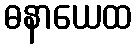
ဓနာယေထ